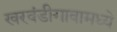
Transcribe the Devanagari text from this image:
खरवंडीगावामध्ये